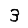
Digit: 3